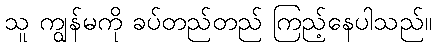
သူ ကျွန်မကို ခပ်တည်တည် ကြည့်နေပါသည်။